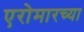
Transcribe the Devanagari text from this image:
एरोमारच्या